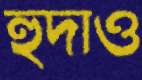
হুদাও